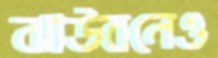
ঝাউবনেও